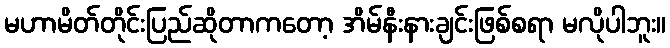
မဟာမိတ်တိုင်းပြည်ဆိုတာကတော့ အိမ်နီးနားချင်းဖြစ်စရာ မလိုပါဘူး။